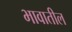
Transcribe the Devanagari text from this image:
भावातील